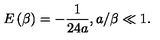
E \left( \beta \right) = - \frac { 1 } { 2 4 a } , a / \beta \ll 1 .